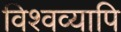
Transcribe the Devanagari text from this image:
विश्वव्यापि